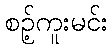
စဉ့်ကူးမင်း